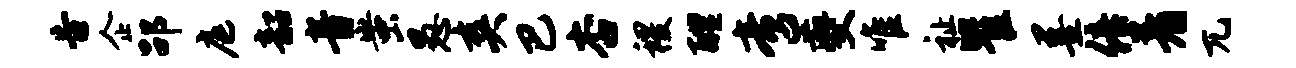
告企劭庭韶音蚩愚爽巴杏稷醴啻夔唯祉瞿墨倍着兀